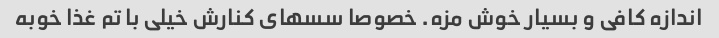
اندازه کافی و بسیار خوش مزه. خصوصا سسهای کنارش خیلی با تم غذا خوبه